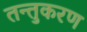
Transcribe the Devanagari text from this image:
तन्तुकरण